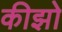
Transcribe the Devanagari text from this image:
कीझो